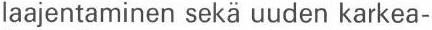
laajentaminen sekä uuden karkea-